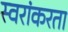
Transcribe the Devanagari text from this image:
स्वरांकरता